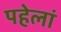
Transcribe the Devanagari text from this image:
पहेलां